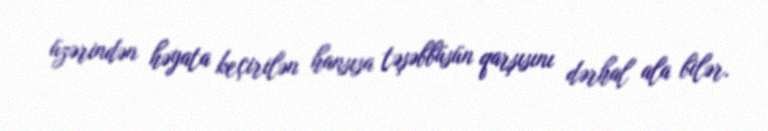
üzərindən həyata keçirilən hansısa təşəbbüsün qarşısını dərhal ala bilər.